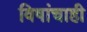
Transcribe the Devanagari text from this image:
विषांचाही